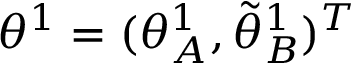
{ { \theta } } ^ { 1 } = ( { \theta } _ { A } ^ { 1 } , \tilde { \theta } _ { B } ^ { 1 } ) ^ { T }